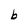
Character: b